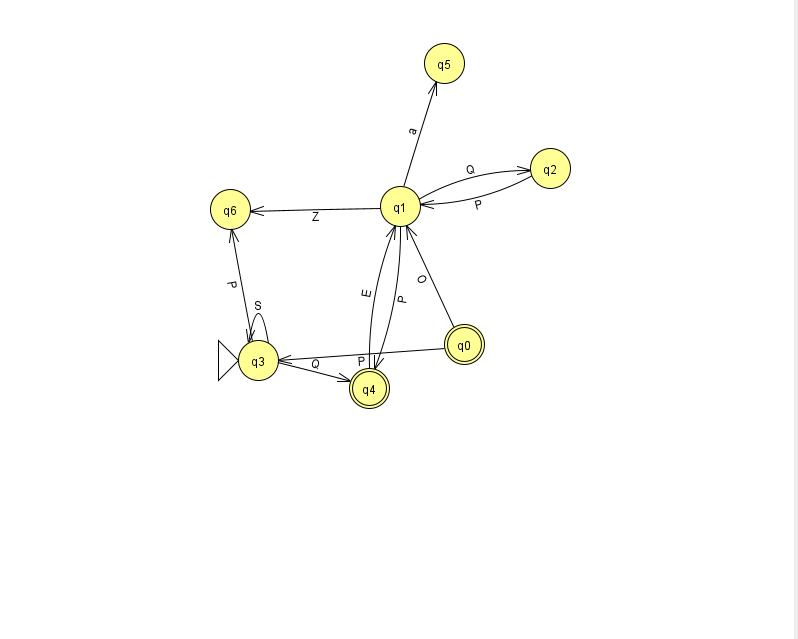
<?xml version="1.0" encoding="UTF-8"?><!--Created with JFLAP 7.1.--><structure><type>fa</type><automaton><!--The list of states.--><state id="0" name="q0"><x>464.0</x><y>331.0</y><final/></state><state id="1" name="q1"><x>400.0</x><y>193.0</y></state><state id="2" name="q2"><x>550.0</x><y>155.0</y></state><state id="3" name="q3"><x>258.0</x><y>347.0</y><initial/></state><state id="4" name="q4"><x>369.0</x><y>375.0</y><final/></state><state id="5" name="q5"><x>444.0</x><y>50.0</y></state><state id="6" name="q6"><x>230.0</x><y>196.0</y></state><!--The list of transitions.--><transition><from>3</from><to>4</to><read>Q</read></transition><transition><from>3</from><to>3</to><read>S</read></transition><transition><from>2</from><to>1</to><read>P</read></transition><transition><from>1</from><to>2</to><read>Q</read></transition><transition><from>0</from><to>1</to><read>O</read></transition><transition><from>0</from><to>3</to><read>P</read></transition><transition><from>3</from><to>6</to><read>P</read></transition><transition><from>4</from><to>1</to><read>E</read></transition><transition><from>1</from><to>5</to><read>a</read></transition><transition><from>1</from><to>4</to><read>P</read></transition><transition><from>1</from><to>6</to><read>Z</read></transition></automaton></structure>